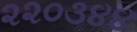
૨૨૦૩૪૪